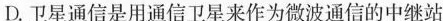
D.卫星通信是用通信卫星来作为微波通信的中继站